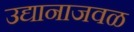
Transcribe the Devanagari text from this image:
उद्यानाजवळ